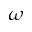
\omega